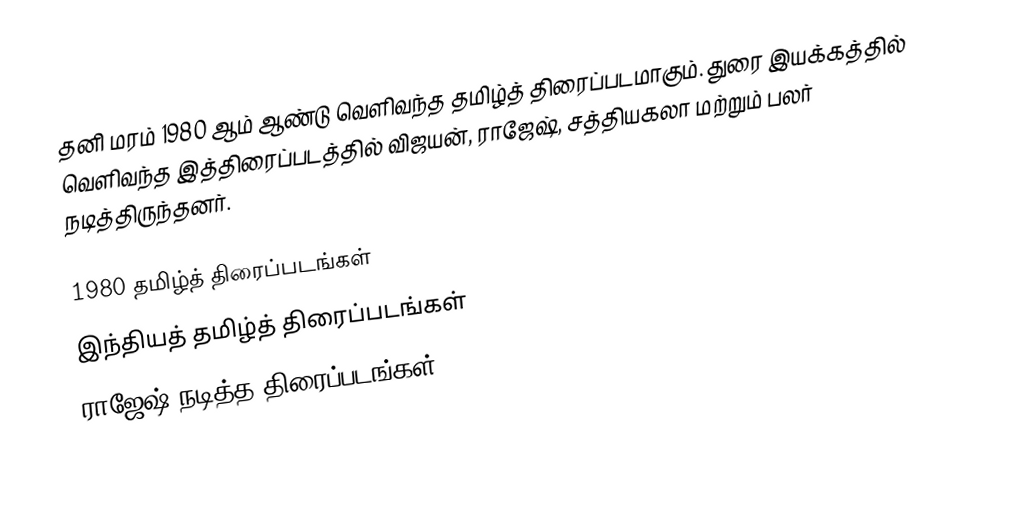
தனி மரம் 1980 ஆம் ஆண்டு வெளிவந்த தமிழ்த் திரைப்படமாகும். துரை இயக்கத்தில் வெளிவந்த இத்திரைப்படத்தில் விஜயன், ராஜேஷ், சத்தியகலா மற்றும் பலர் நடித்திருந்தனர்.

1980 தமிழ்த் திரைப்படங்கள்
இந்தியத் தமிழ்த் திரைப்படங்கள்
ராஜேஷ் நடித்த திரைப்படங்கள்